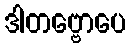
ဒါတဗ္ဗောပေ